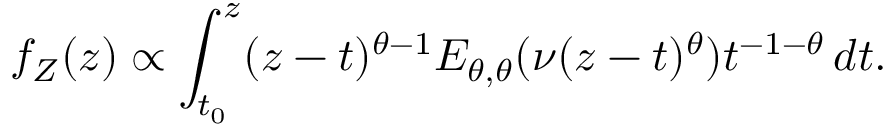
f _ { Z } ( z ) \propto \int _ { t _ { 0 } } ^ { z } ( z - t ) ^ { \theta - 1 } E _ { \theta , \theta } ( \nu ( z - t ) ^ { \theta } ) t ^ { - 1 - \theta } \, d t .